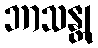
ဘာသန္တု